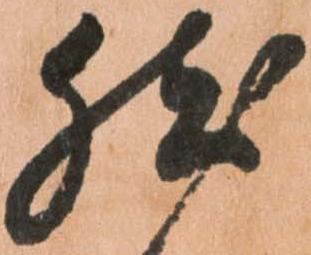
然